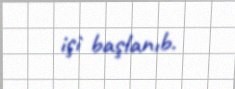
işi başlanıb.